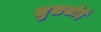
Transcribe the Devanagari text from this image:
सुखसोई